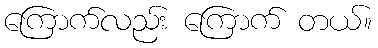
ကြောက်လည်း ကြောက် တယ်။